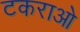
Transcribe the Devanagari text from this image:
टकराओ